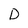
Character: D